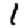
Digit: 1